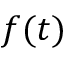
f ( t )